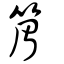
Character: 篃